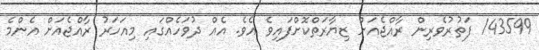
143599 ފަތުރުވެރިން ރާއްޖެއަށް ޒިޔާރަތްކޮށްފައިވެ އެވެ. އެއް ދުވަހެއްގައި މިއަހަރު ރާއްޖެއަށް އެންމެ